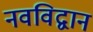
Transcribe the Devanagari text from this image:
नवविद्वान